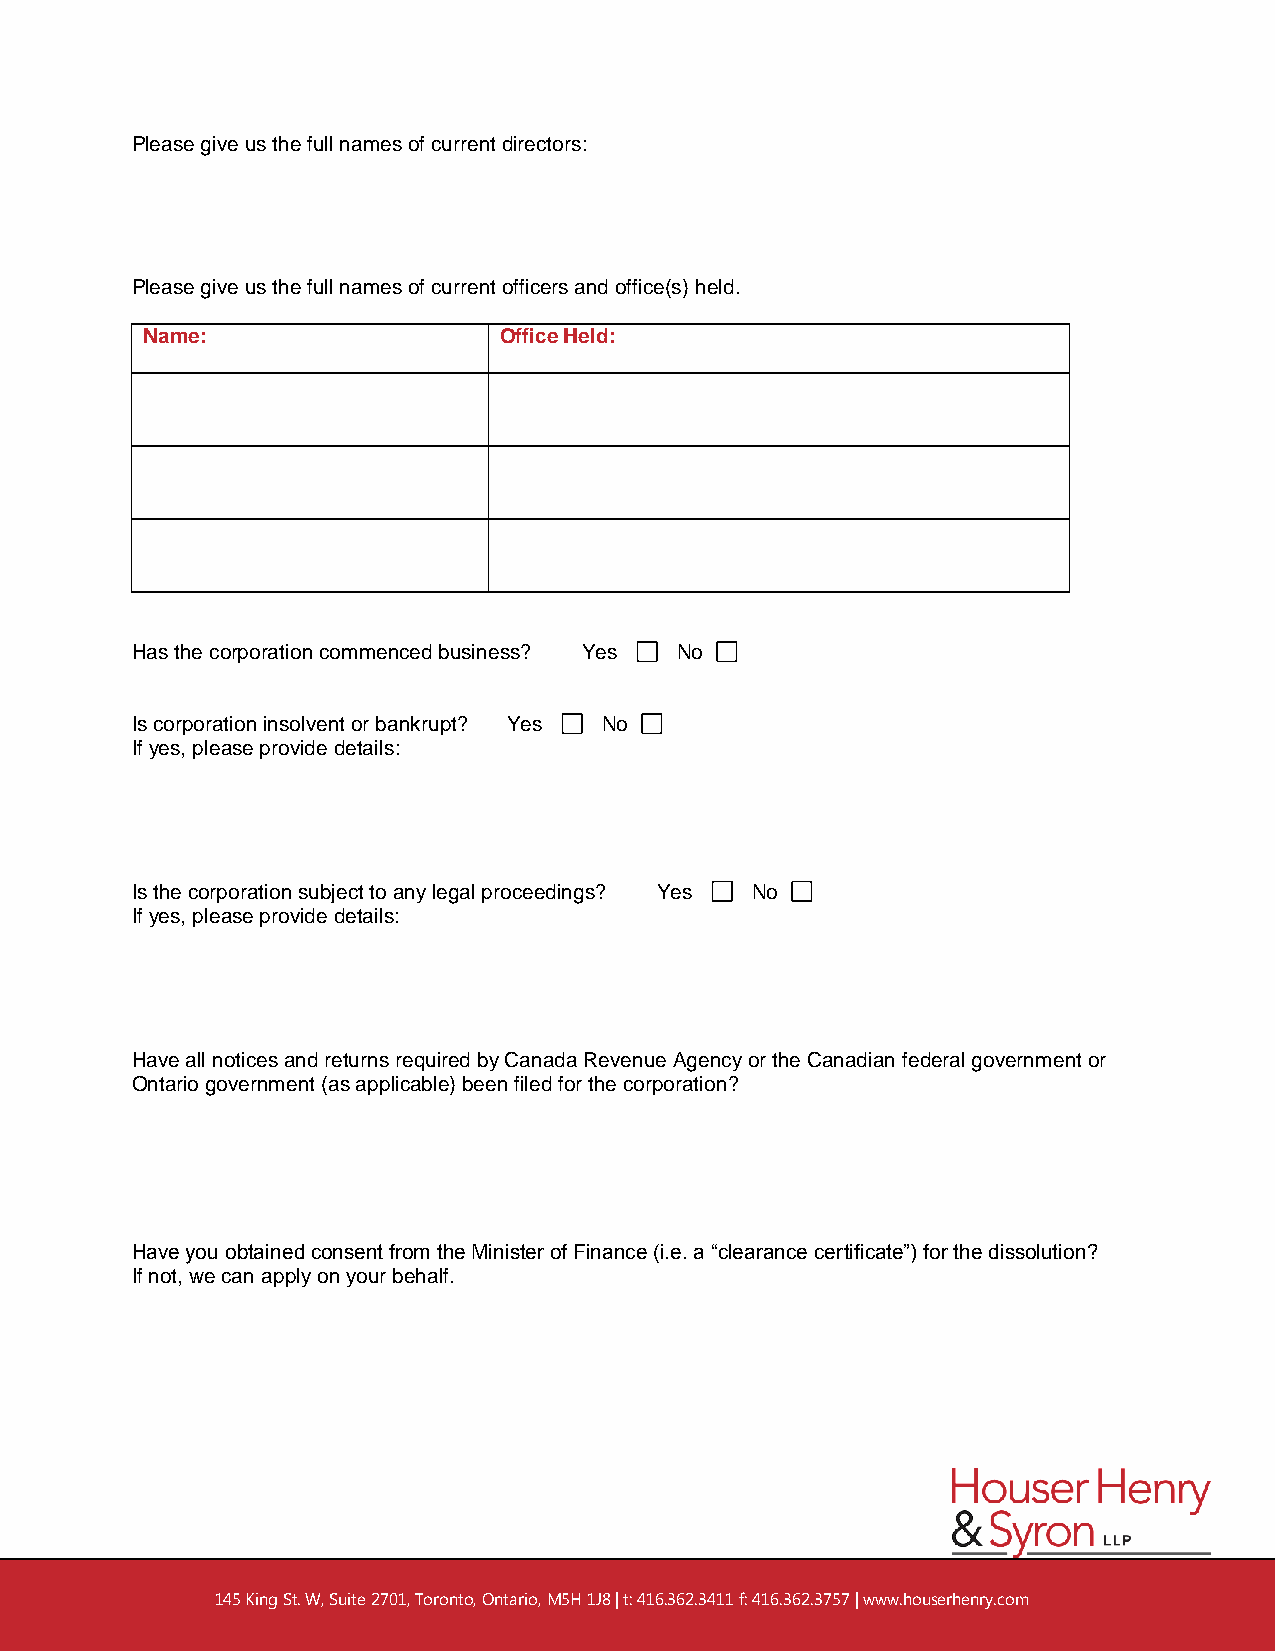
Please give us the full names of current directors:
 Please give us the full names of current officers and office(s) held.
 Name:                   Office Held:
 Has the corporation commenced business? Yes No
 Is corporation insolvent or bankrupt? Yes No
 If yes, please provide details:
 Is the corporation subject to any legal proceedings? Yes No
 If yes, please provide details:
 Have all notices and returns required by Canada Revenue Agency or the Canadian federal government or
 Ontario government (as applicable) been filed for the corporation?
 Have you obtained consent from the Minister of Finance (i.e. a “clearance certificate”) for the dissolution?
 If not, we can apply on your behalf.
 eae
 145 King St. W, Suite 2701, Toronto, Ontario, M5H 1J8 | t: 416.362.3411 f: 416.362.3757 | www.houserhenry.com